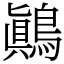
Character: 鷆